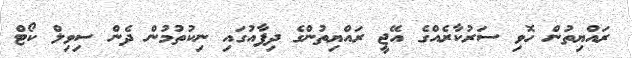
ރައްޔިތުން ހޮވި ސަރުކާރެއްގެ އޭޖީ ރައްޔިތުންގެ ދިފާއުގައި ނިކުތުމުން ދެން ސިވިލް ކޯޓް